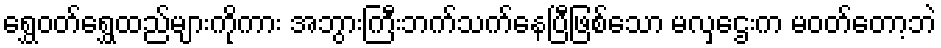
ရွှေဝတ်ရွှေထည်များကိုကား အဘွားကြီးဘက်သက်နေပြီဖြစ်သော မလှဌေးက မဝတ်တော့ဘဲ